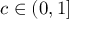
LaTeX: c \in ( 0 , 1 ]